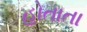
હોતાતા